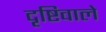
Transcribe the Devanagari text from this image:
दृष्टिवाले